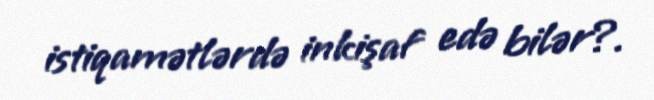
istiqamətlərdə inkişaf edə bilər?.